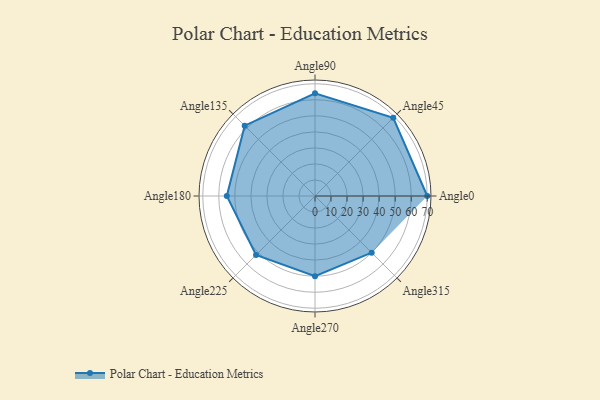
{"axis": {"x": "Angle", "y": "Radius"}, "legend": [""], "data": [{"x": "Angle0", "y": 70.0, "type": ""}, {"x": "Angle45", "y": 69.0, "type": ""}, {"x": "Angle90", "y": 64.0, "type": ""}, {"x": "Angle135", "y": 62.0, "type": ""}, {"x": "Angle180", "y": 55.0, "type": ""}, {"x": "Angle225", "y": 52.0, "type": ""}, {"x": "Angle270", "y": 50, "type": ""}, {"x": "Angle315", "y": 50, "type": ""}]}